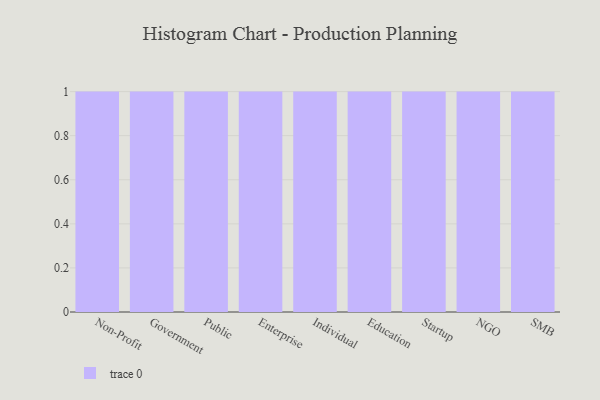
{"axis": {"x": "Segment", "y": "Conversion Rate (%)"}, "legend": [""], "data": [{"x": "Non-Profit", "y": 17, "type": ""}, {"x": "Government", "y": 51, "type": ""}, {"x": "Public", "y": 36, "type": ""}, {"x": "Enterprise", "y": 88, "type": ""}, {"x": "Individual", "y": 11, "type": ""}, {"x": "Education", "y": 74, "type": ""}, {"x": "Startup", "y": 43, "type": ""}, {"x": "NGO", "y": 50, "type": ""}, {"x": "SMB", "y": 24, "type": ""}]}